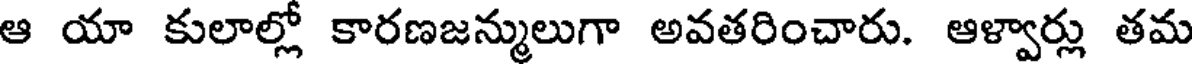
ఆ యా కులాల్లో కారణజన్ములుగా అవతరించారు. ఆళ్వార్లు తమ